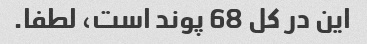
این در کل 68 پوند است، لطفا.